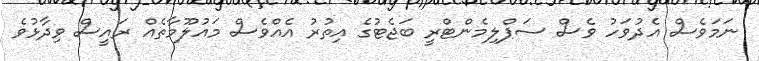
ނަމަވެސް އެދުވަހު ވެސް ސަޕްލިމެންޓްރީ ބަޖެޓުގެ އިތުރު އެއްވެސް މައުލޫމާތެއް ރައީސް ވިދާޅުވެ